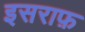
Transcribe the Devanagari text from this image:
इसराफ़